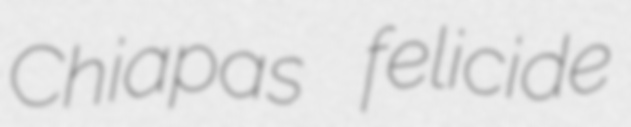
Chiapas felicide